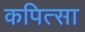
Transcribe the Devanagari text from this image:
कपित्सा